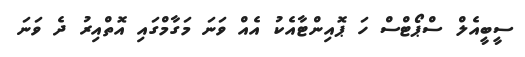
ސީބީއެލް ސްޕޯޓްސް ހަ ޕޮއިންޓާއެކު އެއް ވަނަ މަގާމްގައި އޮތްއިރު ދެ ވަނަ